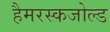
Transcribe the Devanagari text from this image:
हैमरस्कजोल्‍ड